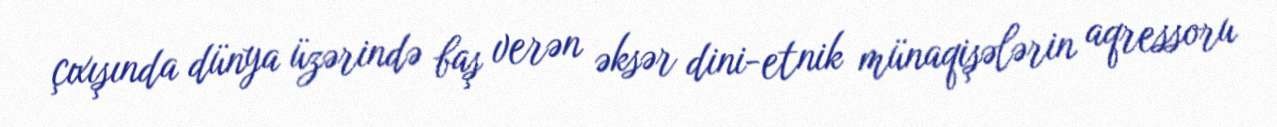
çıxışında dünya üzərində baş verən əksər dini-etnik münaqişələrin aqressoru